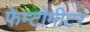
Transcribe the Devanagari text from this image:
फेम्टोमीटर